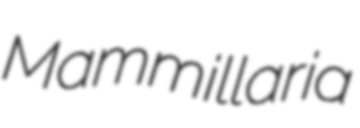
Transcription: Mammillaria